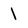
Character: 1